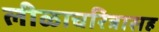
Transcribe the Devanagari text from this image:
लीळाचरित्रासह